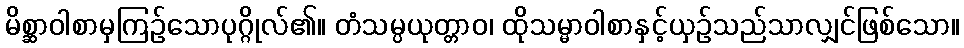
မိစ္ဆာဝါစာမှကြဉ်သောပုဂ္ဂိုလ်၏။ တံသမ္ပယုတ္တာဝ၊ ထိုသမ္မာဝါစာနှင့်ယှဉ်သည်သာလျှင်ဖြစ်သော။